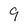
Character: 9